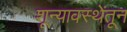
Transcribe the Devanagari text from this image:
शून्यावस्थेंतून